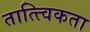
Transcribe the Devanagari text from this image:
तात्त्विकता